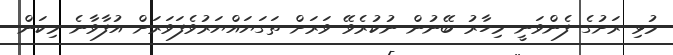
މުޅި ރަށުގެ ފެންވަނީ މިހާރު ބޭނުން ނުކުރެވޭ ވަރަށް ތަގަޔައްޔަރުވެފަވަރަށް އުފާވާނެ މިކަން